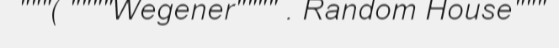
"""( """"Wegener"""" . Random House"""